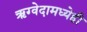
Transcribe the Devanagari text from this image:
ऋग्वेदामध्येही